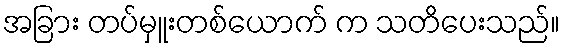
အခြား တပ်မှူးတစ်ယောက် က သတိပေးသည်။